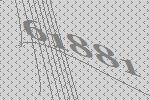
61881